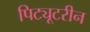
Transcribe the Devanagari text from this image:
पिट्यूटरीन